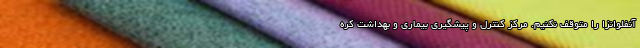
آنفلوانزا را متوقف نکنیم. مرکز کنترل و پیشگیری بیماری و بهداشت کره